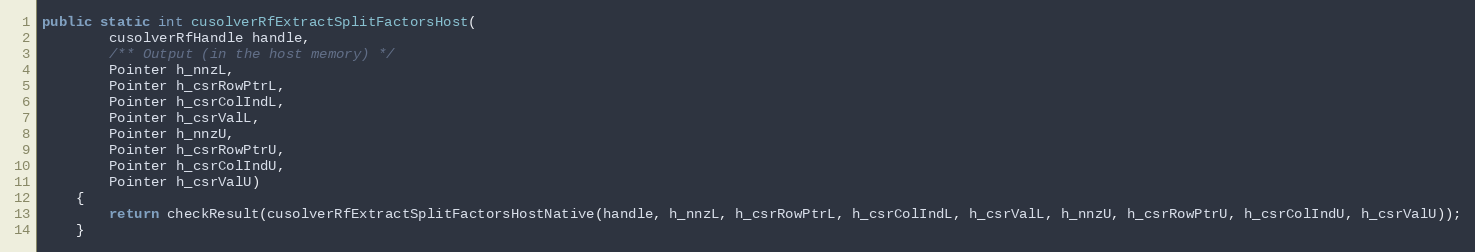
Language: Java
public static int cusolverRfExtractSplitFactorsHost(
        cusolverRfHandle handle,
        /** Output (in the host memory) */
        Pointer h_nnzL,
        Pointer h_csrRowPtrL,
        Pointer h_csrColIndL,
        Pointer h_csrValL,
        Pointer h_nnzU,
        Pointer h_csrRowPtrU,
        Pointer h_csrColIndU,
        Pointer h_csrValU)
    {
        return checkResult(cusolverRfExtractSplitFactorsHostNative(handle, h_nnzL, h_csrRowPtrL, h_csrColIndL, h_csrValL, h_nnzU, h_csrRowPtrU, h_csrColIndU, h_csrValU));
    }